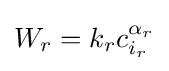
W_{r}=k_{r}c_{i_{r}}^{\alpha _{r}}